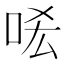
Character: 㖁